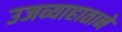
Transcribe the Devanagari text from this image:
उजव्याहाताने